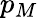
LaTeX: p_{M}